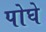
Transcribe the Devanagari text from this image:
पोघे